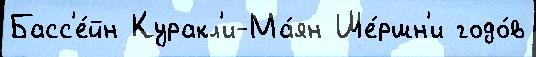
Басс'е́йн Куракл'и-Ма́ян Ше́ршн'и годо́в